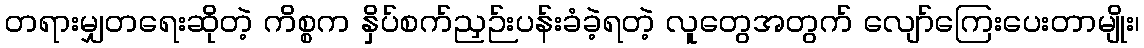
တရားမျှတရေးဆိုတဲ့ ကိစ္စက နှိပ်စက်ညှဉ်းပန်းခံခဲ့ရတဲ့ လူတွေအတွက် လျော်ကြေးပေးတာမျိုး၊